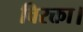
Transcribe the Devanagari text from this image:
विरक्ता।